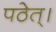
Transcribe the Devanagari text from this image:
पठेत्।